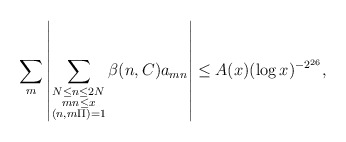
\begin{align*}\sum_{m}\left|\sum_{\substack{N\leq n\leq 2N \\ mn\leq x \\ (n, m\Pi) = 1}}\beta(n, C)a_{mn}\right|\leq A(x)(\log x)^{-2^{26}},\end{align*}